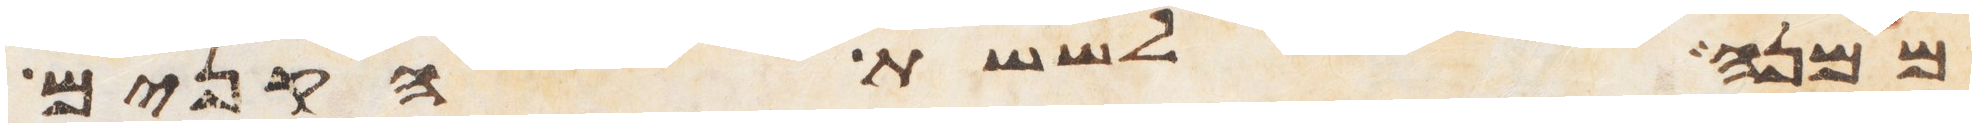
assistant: ממנה לששת הקנים